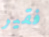
فقير